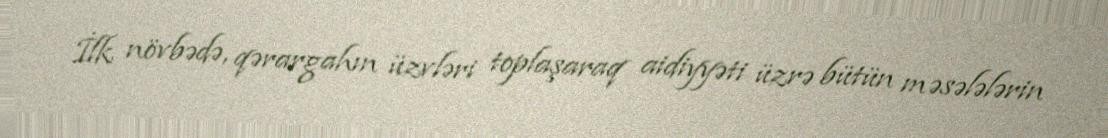
İlk növbədə, qərargahın üzvləri toplaşaraq aidiyyəti üzrə bütün məsələlərin